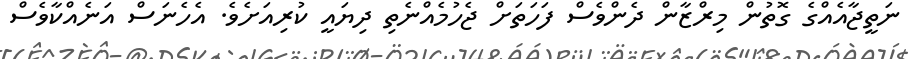
ނަތީޖާއެއްގެ ގޮތުން މިރްޒާން ދެންވެސް ފަހަތަށް ޖެހުމެއްނެތި ދިޔައީ ކުރިއަށެވެ. އެހެނަސް އަނެއްކާވެސް